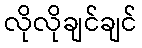
လိုလိုချင်ချင်